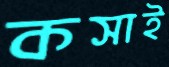
কসাই